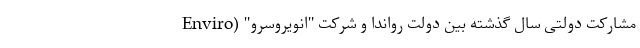
مشارکت دولتی سال گذشته بین دولت رواندا و شرکت "انویروسرو" (Enviro